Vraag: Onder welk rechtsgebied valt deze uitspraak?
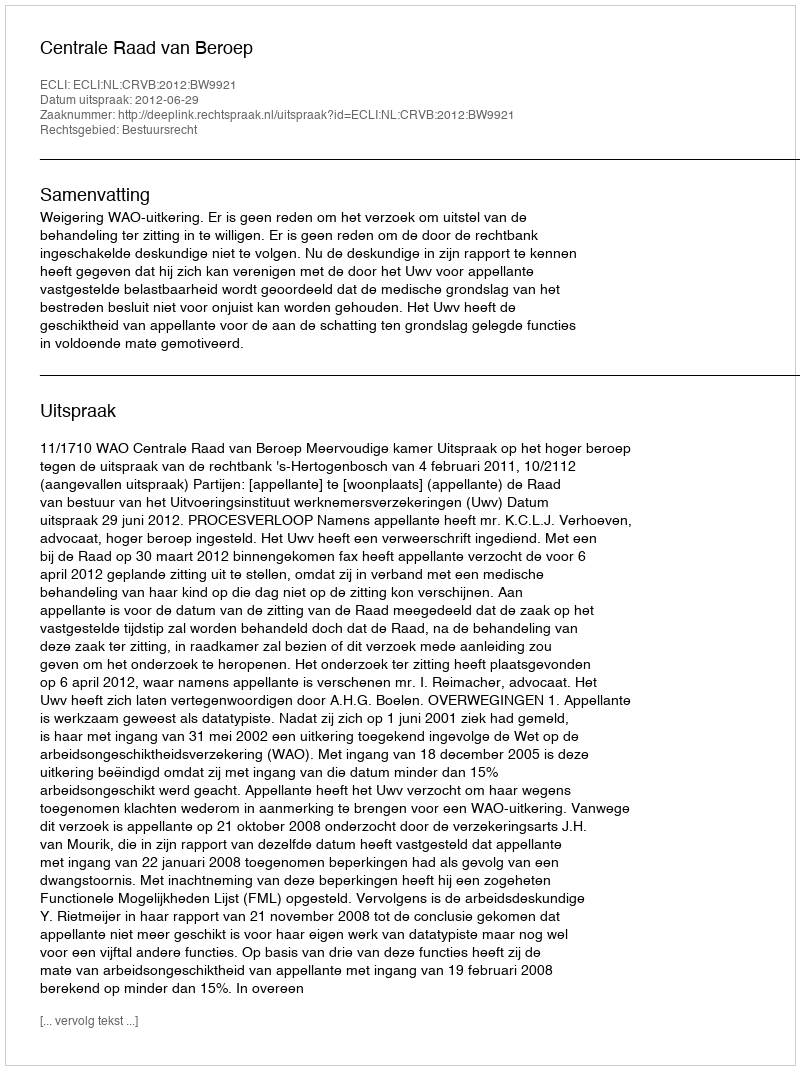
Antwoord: Bestuursrecht